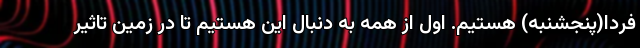
فردا(پنجشنبه) هستیم. اول از همه به دنبال این هستیم تا در زمین تاثیر